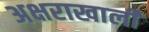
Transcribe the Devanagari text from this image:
अक्षराखाली